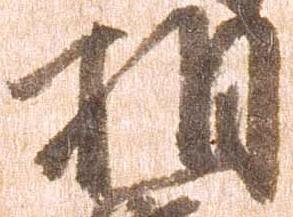
相